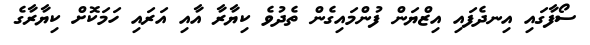
ސޯފާގައި އިނދެފައި އިޒްޔަން ފުންމައިގެން ތެދުވެ ކިޔާރާ އާއި އަރައި ހަމަކޮށް ކިޔާރާގެ